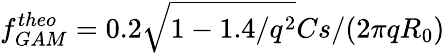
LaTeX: f_{GAM}^{theo}=0.2\sqrt{1-1.4/q^{2}}Cs/(2\pi qR_{0})